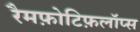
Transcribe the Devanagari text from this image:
रैमफ़ोटिफ़लॉप्स